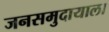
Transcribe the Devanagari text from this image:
जनसमुदायाला